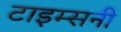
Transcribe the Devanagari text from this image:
टाइम्सनी